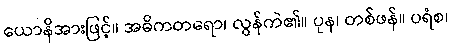
ယောနိအားဖြင့်။ အဓိကတရော၊ လွန်ကဲ၏။ ပုန၊ တစ်ဖန်။ ပရံစ၊